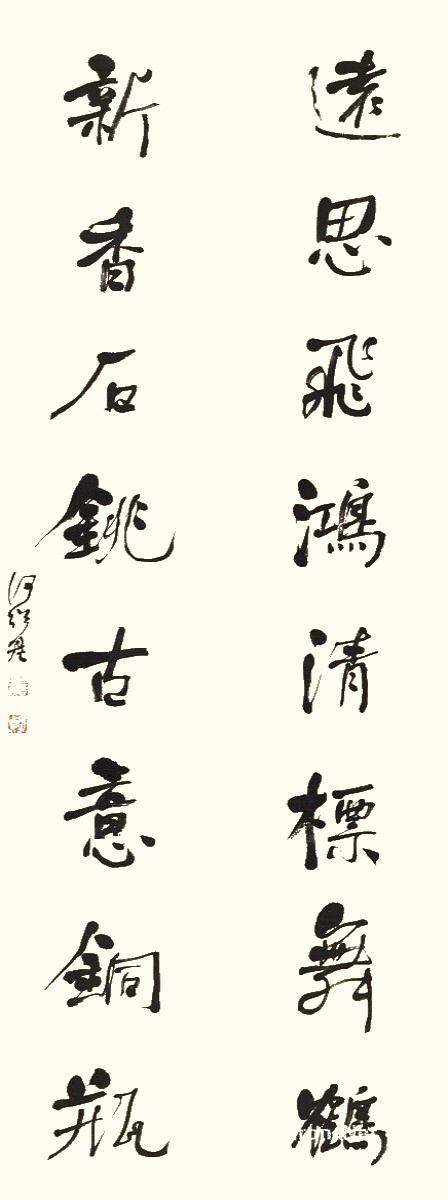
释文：远思飞鸿清标舞鹤，新香石铫古意铜瓶。何绍基。